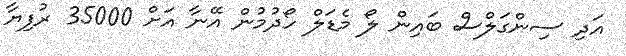
އަދި ސިންގަލްސް ބައިން ލޯ މެޑަލް ހޯދުމުން އޭނާ އަށް 35000 ރުފިޔާ